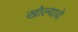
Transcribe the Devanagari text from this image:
खोल्याचे